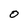
Character: O